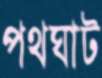
পথঘাট